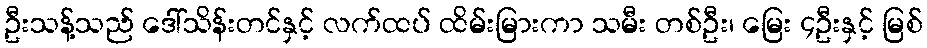
ဦးသန့်သည် ဒေါ်သိန်းတင်နှင့် လက်ထပ် ထိမ်းမြားကာ သမီး တစ်ဦး၊ မြေး ၄ဦးနှင့် မြစ်